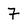
Character: 7